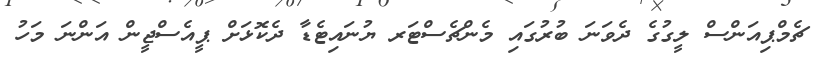
ޗެމްޕިއަންސް ލީގުގެ ދެވަނަ ބުރުގައި މެންޗެސްޓަރ ޔުނައިޓެޑާ ދެކޮޅަށް ޕީއެސްޖީން އަންނަ މަހު